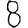
Digit: 8